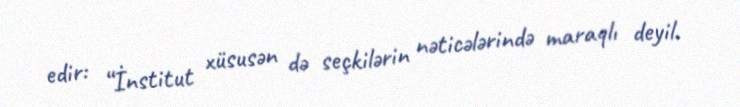
edir: “İnstitut xüsusən də seçkilərin nəticələrində maraqlı deyil.